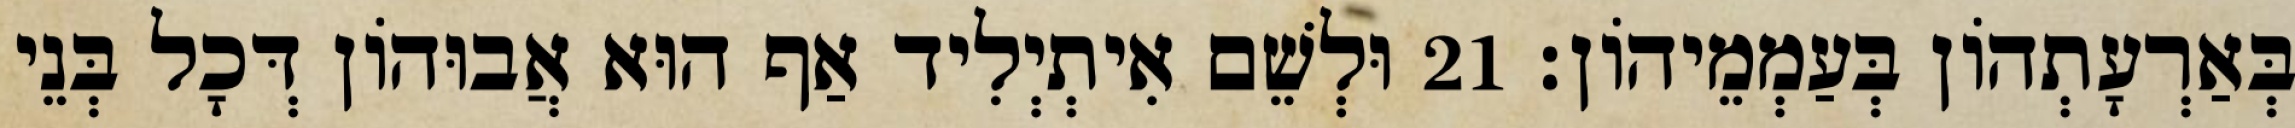
בְּאַרְעָתְהוֹן בְּעַמְמֵיהוֹן׃ 21 וּלְשֵׁם אִיתְיְלִיד אַף הוּא אֲבוּהוֹן דְּכָל בְּנֵי